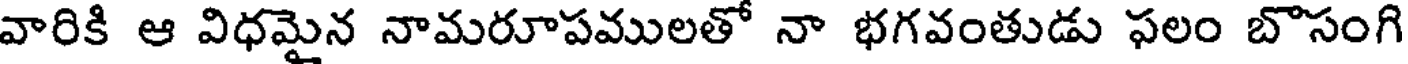
వారికి ఆ విధమైన నామరూపములతో నా భగవంతుడు ఫలం బొసంగి